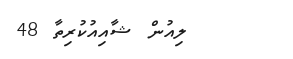
ލިއުން ޝާއިއުކުރިތާ 48